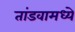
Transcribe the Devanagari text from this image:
तांडवामध्ये